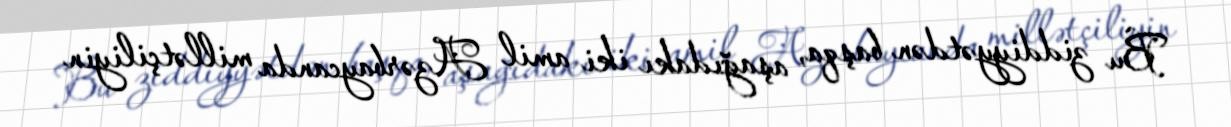
Bu ziddiyyətdən başqa, aşağıdakı iki amil Azərbaycanda millətçiliyin